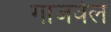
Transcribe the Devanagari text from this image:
गाजवेल